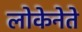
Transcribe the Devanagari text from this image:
लोकेनेते